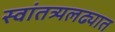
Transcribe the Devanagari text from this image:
स्वांतत्र्यलढ्यात